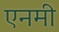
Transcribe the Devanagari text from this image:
एनमी